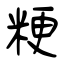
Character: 粳